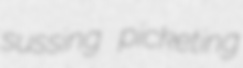
sussing picketing